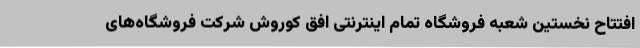
افتتاح نخستین شعبه فروشگاه تمام اینترنتی افق کوروش شرکت فروشگاه‌های